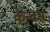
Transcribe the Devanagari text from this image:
केन्वस